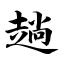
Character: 趟